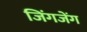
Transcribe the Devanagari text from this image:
जिंगजेंग